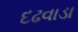
દઢવાડા